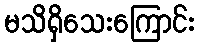
မသိရှိသေးကြောင်း